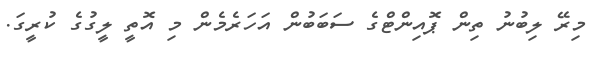
މިރޭ ލިބުނު ތިން ޕޮއިންޓްގެ ސަބަބުން އަހަރެމެން މި އޮތީ ލީގުގެ ކުރީގަ.